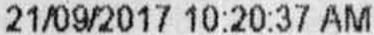
21/09/2017 10:20:37 AM